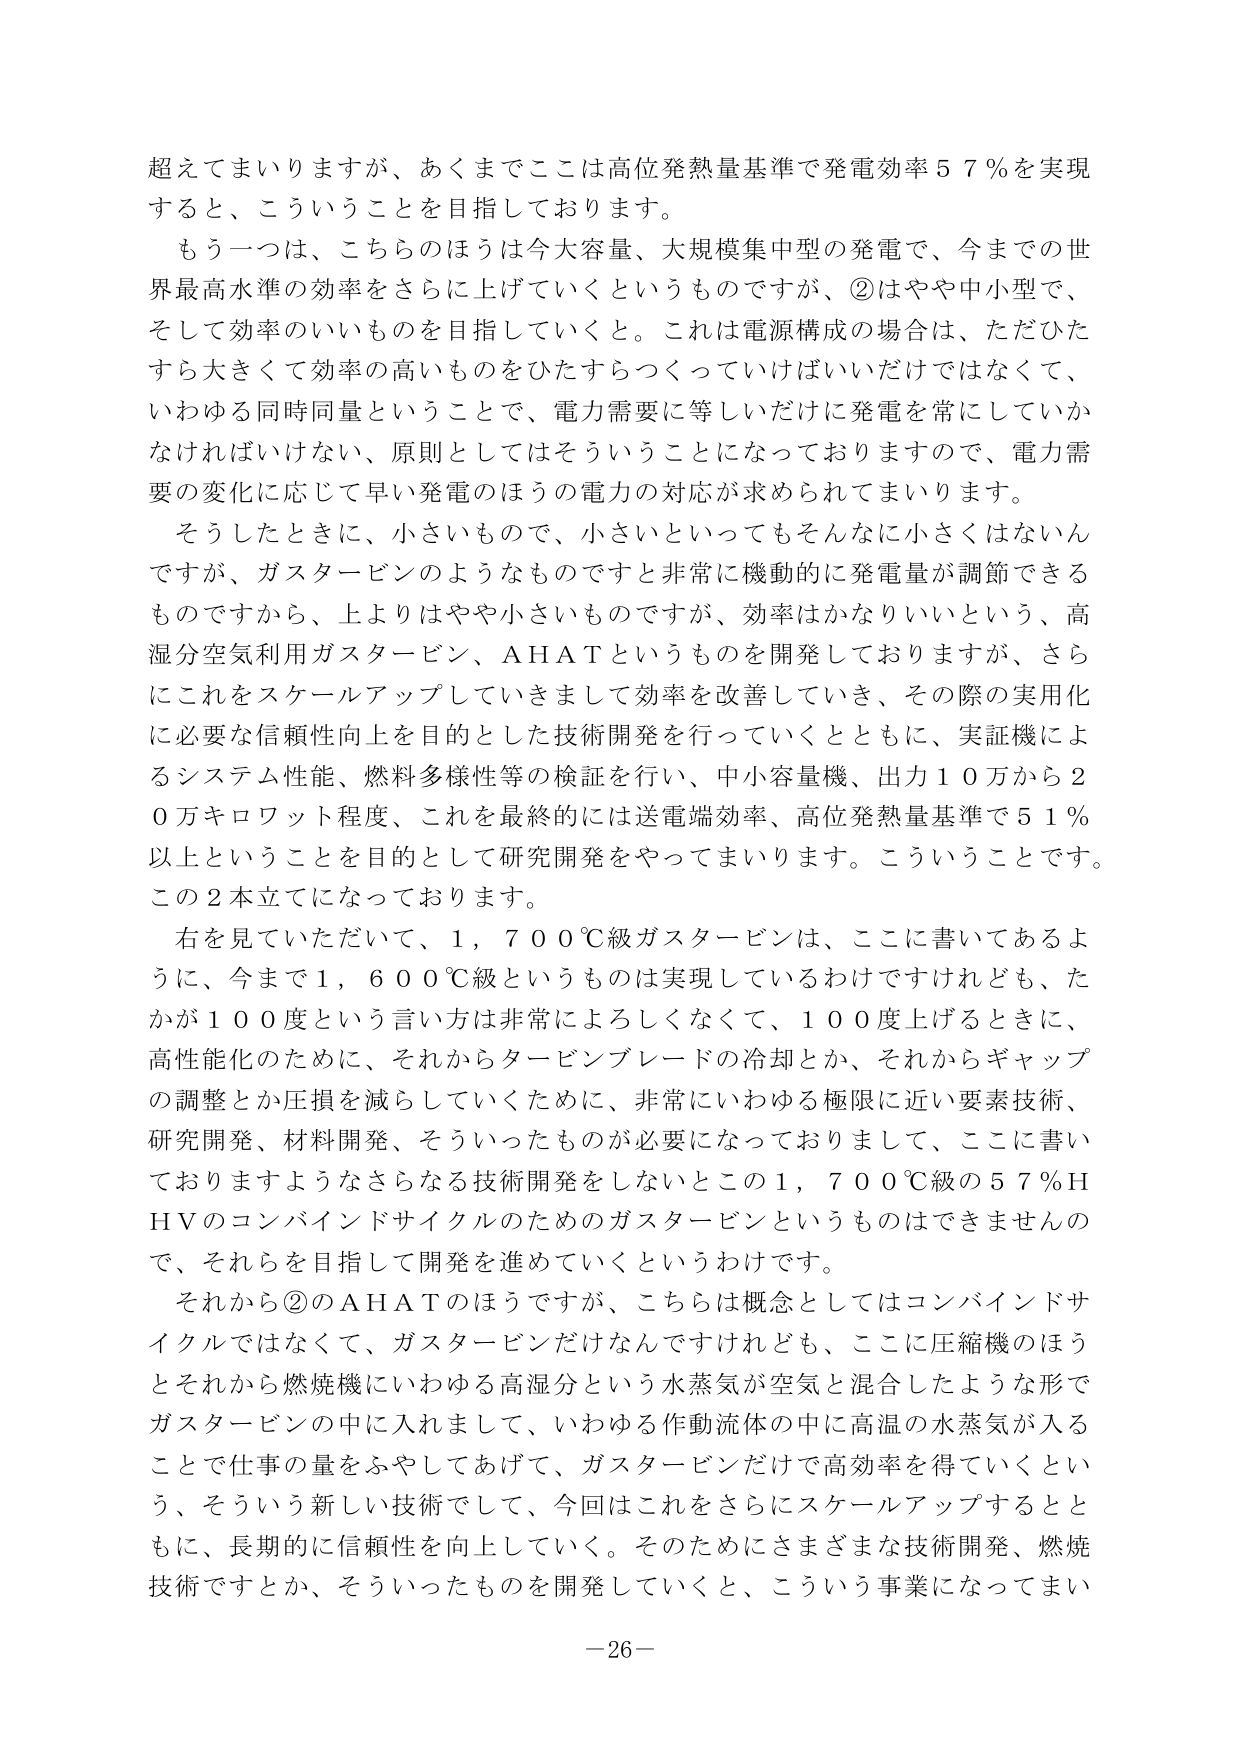
超えてまいりますが、あくまでここは高位発熱量基準で発電効率５７％を実現すると、こういうことを目指しております。

もう一つは、こちらのほうは今大容量、大規模集中型の発電で、今までの世界最高水準の効率をさらに上げていくというものですが、②はやや中小型で、そして効率のいいものを目指していくと。これは電源構成の場合は、ただひたすら大きくして効率の高いものをひたすらつくっていけばいいだけではなくて、いわゆる同時同量ということで、電力需要に等しいだけに発電を常にしなければいけない、原則としてはそういうことになっておりますので、電力需要の変化に応じて早い発電のほうの電力の対応が求められてまいります。

そうしたときに、小さいもので、小さいといってもそんなに小さくはないんですが、ガスタービンのようなものですと非常に機動的に発電量が調節できるものですから、上よりはやや小さいものですが、効率はかなりいいという、高湿分空気利用ガスタービン、ＡＨＡＴというものを開発しておりますが、さらにこれをスケールアップしていきまして効率を改善していき、その際の実用化に必要な信頼性向上を目的とした技術開発を行っていくとともに、実証機によるシステム性能、燃料多様性等の検証を行い、中小容量機、出力１０万から２０万キロワット程度、これを最終的には送電端効率、高位発熱量基準で５１％以上ということを目的として研究開発をやってまいります。こういうことです。この２本立てになっております。

右を見ていただいて、１，７００℃級ガスタービンは、ここに書いてあるように、今まで１，６００℃級というものは実現しているわけですがけれども、たかが１００度という言い方は非常によろしくなくて、１００度上げるときに、高性能化のために、それからタービンブレードの冷却とか、それからギャップの調整とか圧損を減らしていくために、非常にいわゆる極限に近い要素技術、研究開発、材料開発、そういったものが必要になっておりまして、ここに書いておりますようなさらなる技術開発をしないとこの１，７００℃級の５７％ＨＨＶのコンバインドサイクルのためのガスタービンというものはできませんので、それらを目指して開発を進めていくというわけです。

それから②のＡＨＡＴのほうですが、こちらは概念としてはコンバインドサイクルではなくて、ガスタービンだけなんですけれども、ここに圧縮機のほうとそれから燃焼機にいわゆる高湿分という水蒸気が空気と混合したような形でガスタービンの中に入れまして、いわゆる作動流体の中に高温の水蒸気が入ることで仕事の量をふやしてあげて、ガスタービンだけで高効率を得ていくという、そういう新しい技術でして、今回はこれをさらにスケールアップするとともに、長期的に信頼性を向上していく。そのためにさまざまな技術開発、燃焼技術ですとか、そういったものを開発していくと、こういう事業になってまい

－26－